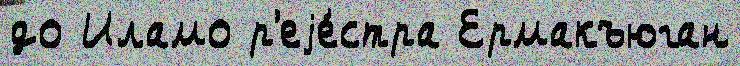
до Иламо р'еjе́стра Ермакъюган